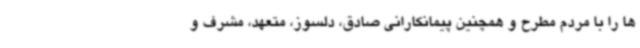
ها را با مردم مطرح و همچنین پیمانکارانی صادق، دلسوز، متعهد، مشرف و